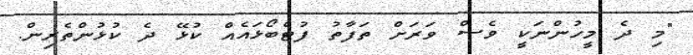
"މި ދެ މީހުންނަކީ ވެސް ވަރަށް ތަފާތު ފުޓްބޯޅައެއް ކުޅޭ ދެ ކުޅުންތެރިން.